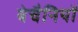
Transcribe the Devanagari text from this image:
बेचैनियों